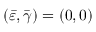
( \bar { \varepsilon } , \bar { \gamma } ) = ( 0 , 0 )